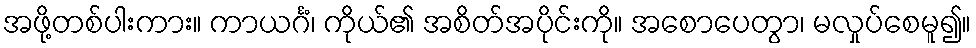
အဖို့တစ်ပါးကား။ ကာယင်္ဂံ၊ ကိုယ်၏ အစိတ်အပိုင်းကို။ အစောပေတွာ၊ မလှုပ်စေမူ၍။